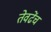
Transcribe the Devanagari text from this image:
तेवढेंच